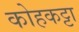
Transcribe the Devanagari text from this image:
कोहकट्टा